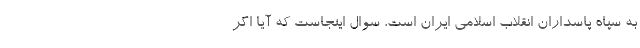
به سپاه پاسداران انقلاب اسلامی ایران است، سوال اینجاست که آیا اگر